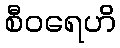
စီဝရေဟိ